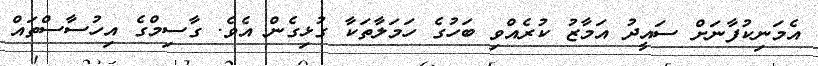
އެމަނިކުފާނަށް ސައީދު އަމާޒު ކުރެއްވި ބަހުގެ ހަމަލާތަކާ ގުޅިގެން އެވެ. ގާސިމްގެ އިހުސާސްތައް